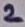
Text: 2